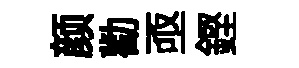
颜勸亟鏗